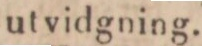
ut vidgning.